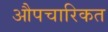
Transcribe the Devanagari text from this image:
औपचारिकत